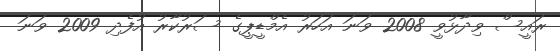
ރައީސް ވިދާޅުވީ 2008 ވަނަ އަހަރު އެމްޑީޕީގެ ސަރުކާރު އުފެދި 2009 ވަނަ